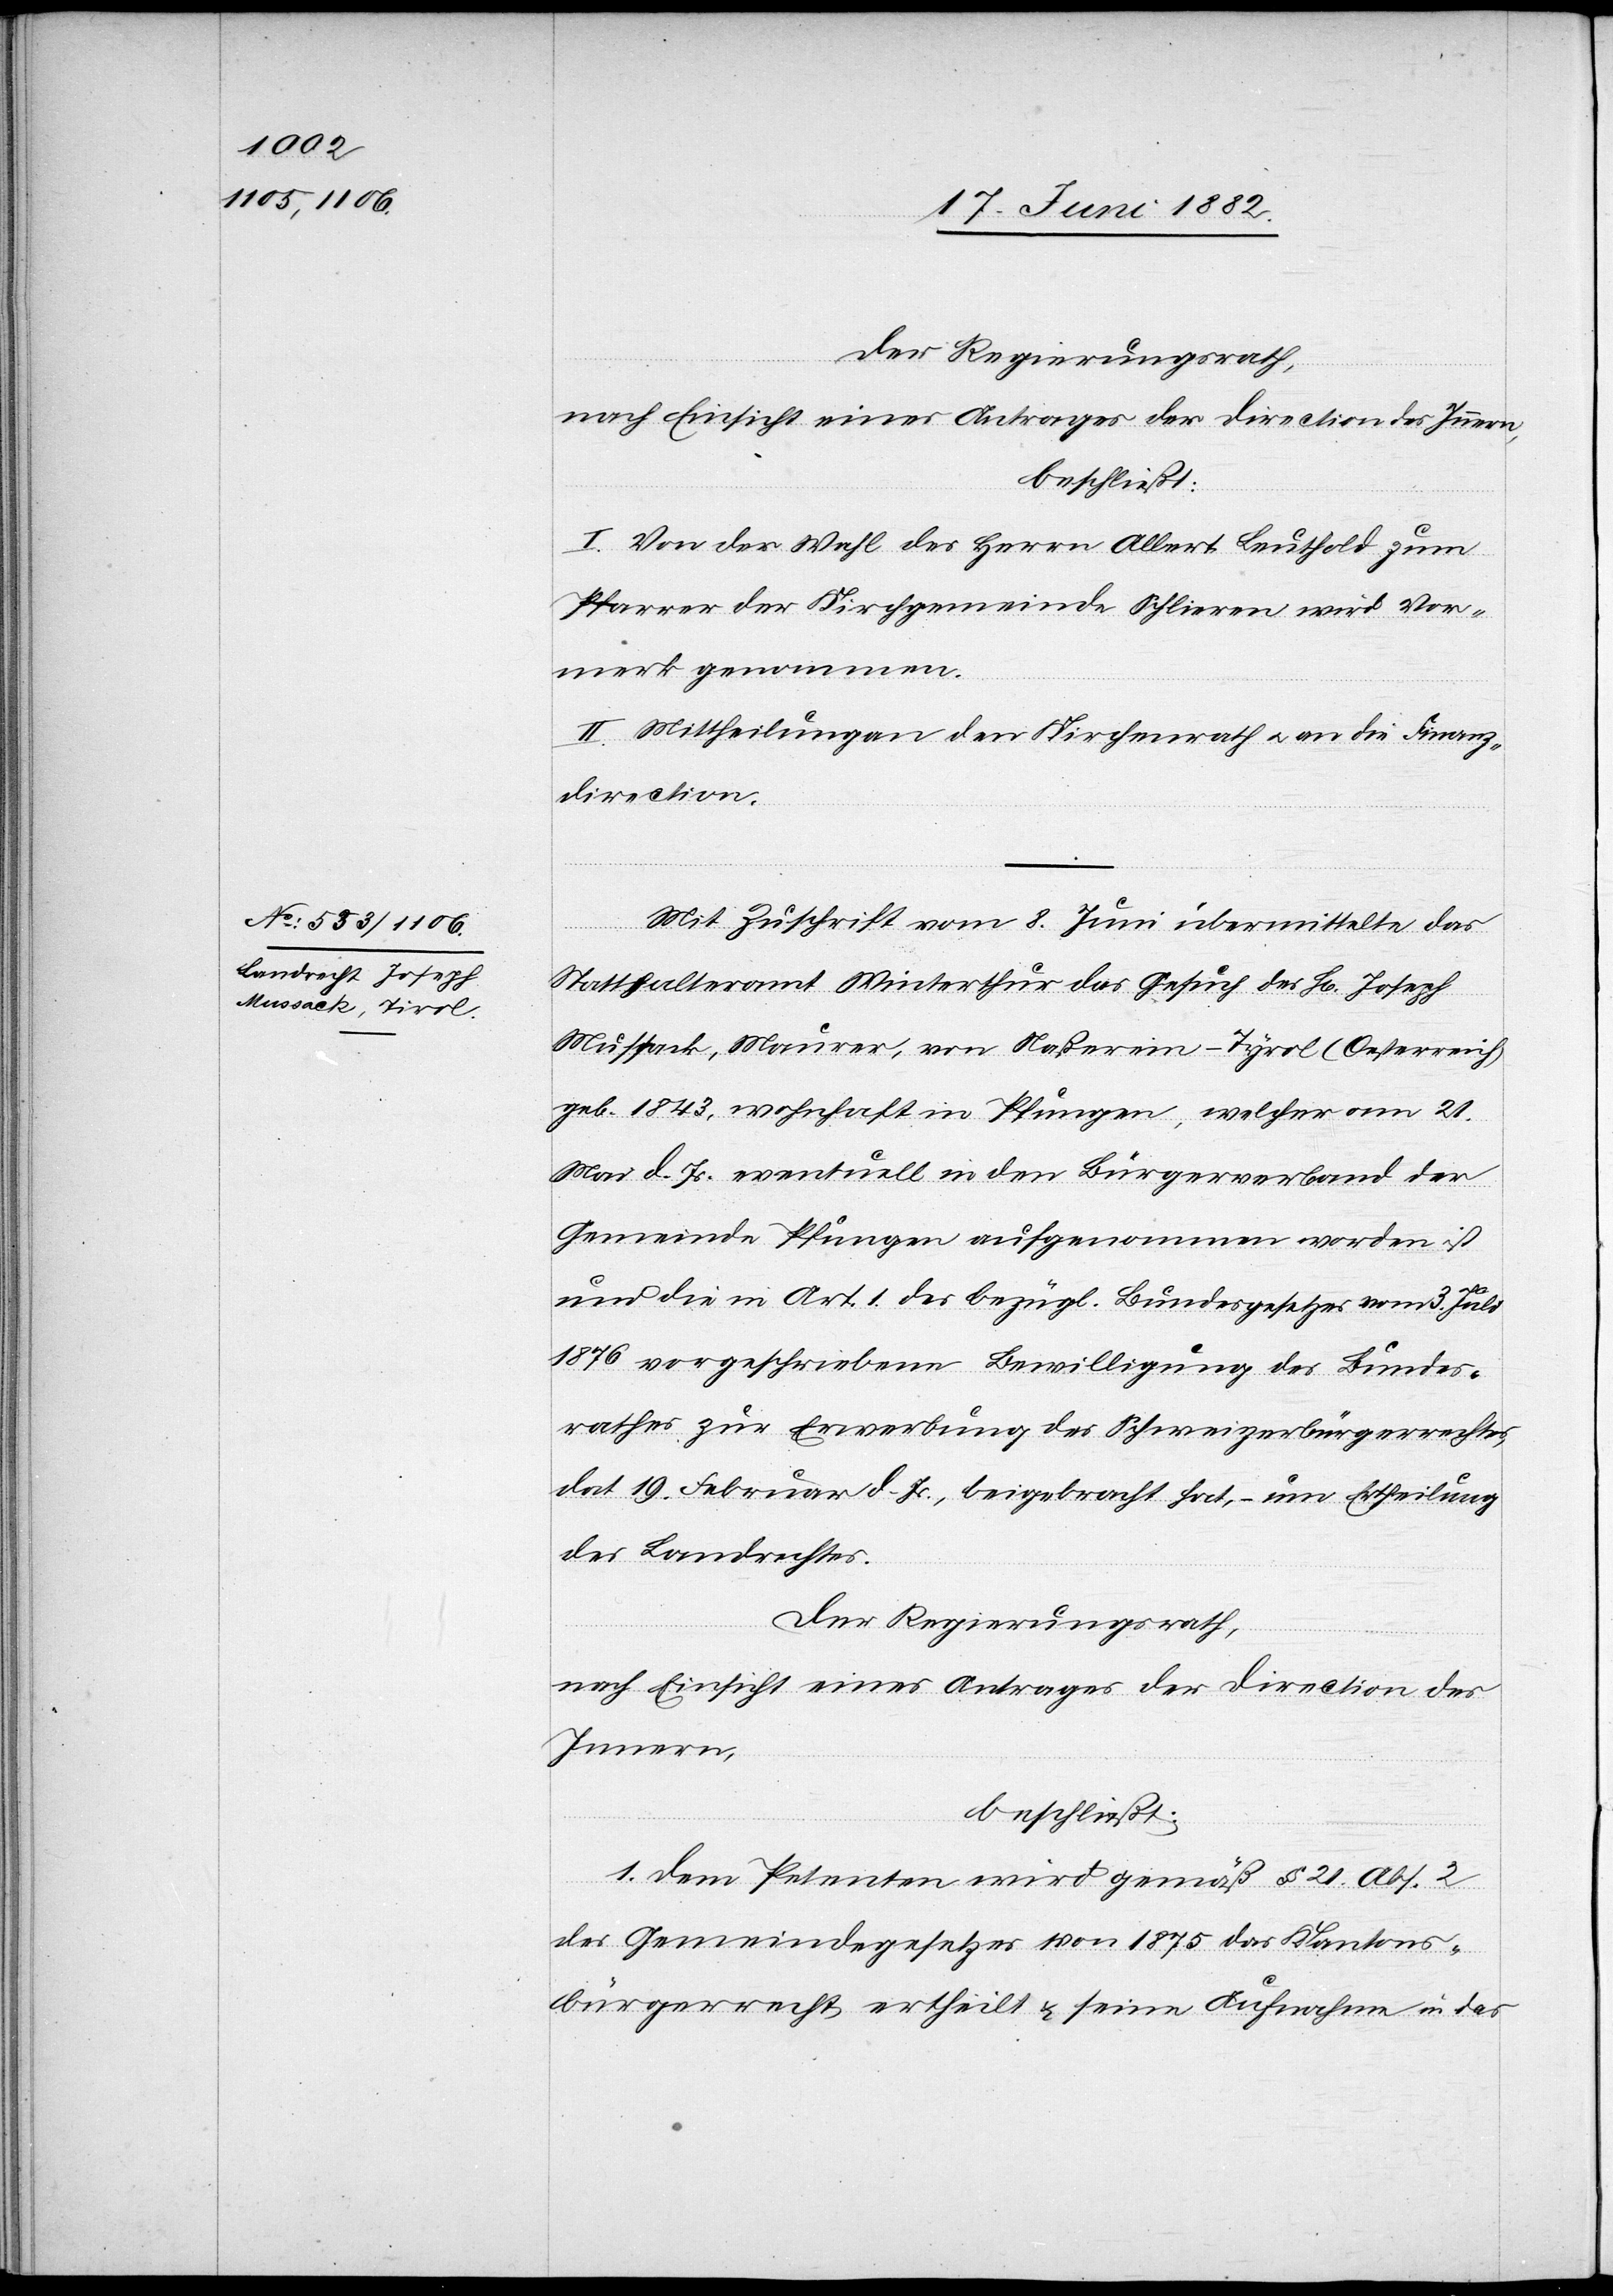
Der Regierungsrath,
nach Einsicht eines Antrages der Direction des Innern,
beschließt:
I. Von der Wahl des Herrn Albert Leuthold zum
Pfarrer der Kirchgemeinde Schlieren wird Vor¬
merk genommen.
II. Mittheilung an den Kirchenrath u. an die Finanz¬
direction.
Mit Zuschrift vom 8. Juni übermittelte das
Statthalteramt Winterthur das Gesuch des H[rn]. Joseph
Mussak, Maurer, von Naßerein - Tyrol [sic!] (Oesterreich)
geb. 1843, wohnhaft in Pfungen, welcher am 21.
Mai d. Js. eventuell in den Bürgerverband der
Gemeinde Pfungen aufgenommen worden ist
und die in Art. 1 des bezügl. Bundesgesetzes vom 3. Juli
1876 vorgeschriebene Bewilligung des Bundes¬
rathes zur Erwerbung des Schweizerbürgerrechtes,
dat. 19. Februar d. Js., beigebracht hat, – um Ertheilung
des Landrechtes.
Der Regierungsrath,
nach Einsicht eines Antrages der Direction des
Innern,
beschließt:
1. Dem Petenten wird gemäß § 21 Abs. 2
des Gemeindegesetzes vom 1875 das Kantons¬
bürgerrecht ertheilt & seine Aufnahme in das